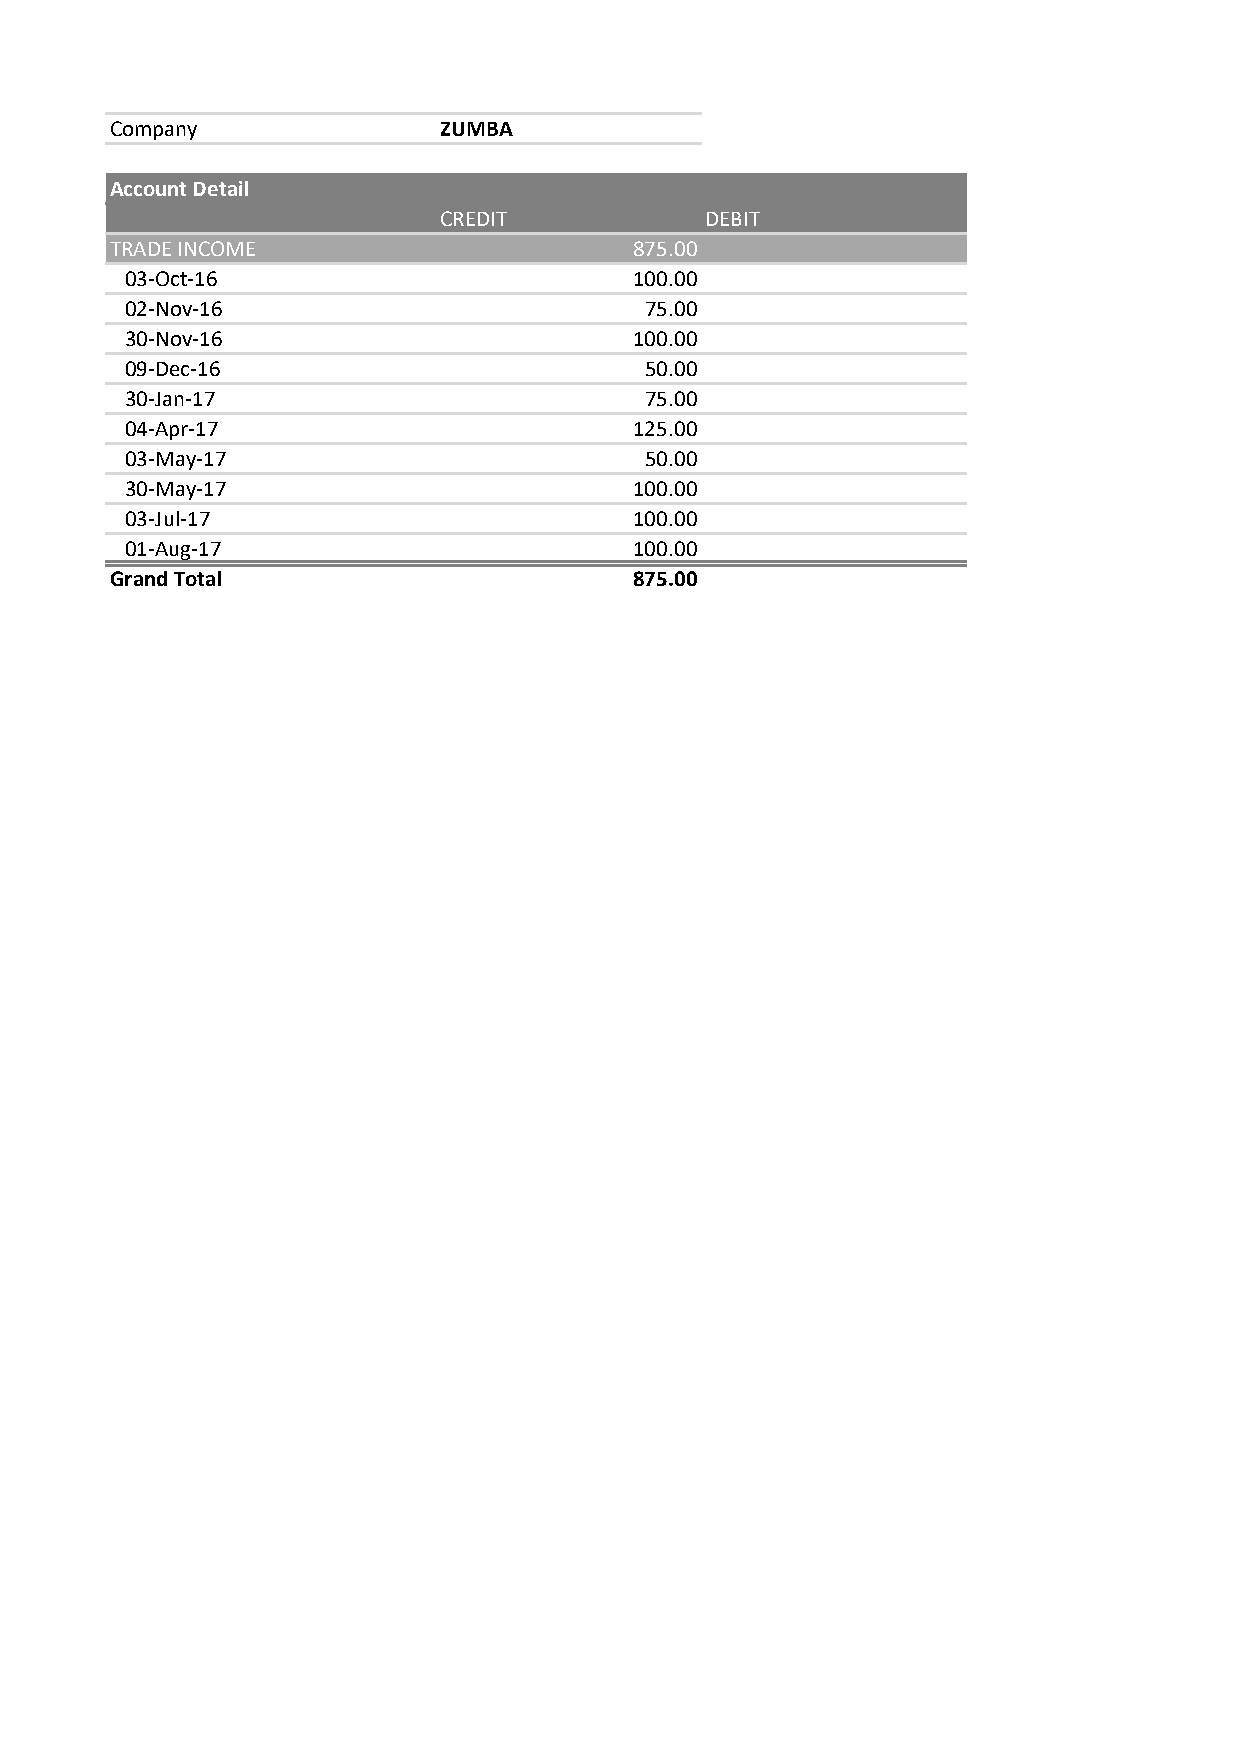
Company               ZUMBA
 Account Detail
 CREDIT            DEBIT
 TRADE INCOME                       875.00
 03-Oct-16                         100.00
 02-Nov-16                          75.00
 30-Nov-16                         100.00
 09-Dec-16                          50.00
 30-Jan-17                          75.00
 04-Apr-17                         125.00
 03-May-17                          50.00
 30-May-17                         100.00
 03-Jul-17                         100.00
 01-Aug-17                         100.00
 Grand Total                        875.00